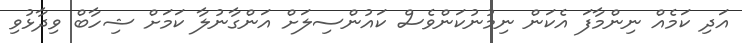
އަދި ކަމެއް ނިންމާފަ އެކަން ނިމުނުކަންވެސް ކައުންސިލަށް އަންގާނުލާ ކަމަށް ޝިހާބް ވިދާޅުވި